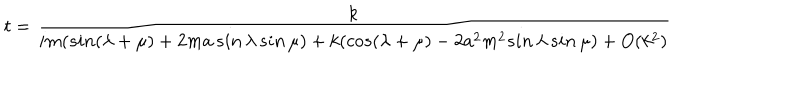
LaTeX: t = \frac { k } { i m ( s i n ( \lambda + \mu ) + 2 m a \, s i n \, \lambda \, s i n \, \mu ) + k ( c o s ( \lambda + \mu ) - 2 a ^ { 2 } m ^ { 2 } s i n \, \lambda \, s i n \, \mu ) + O ( k ^ { 2 } ) }